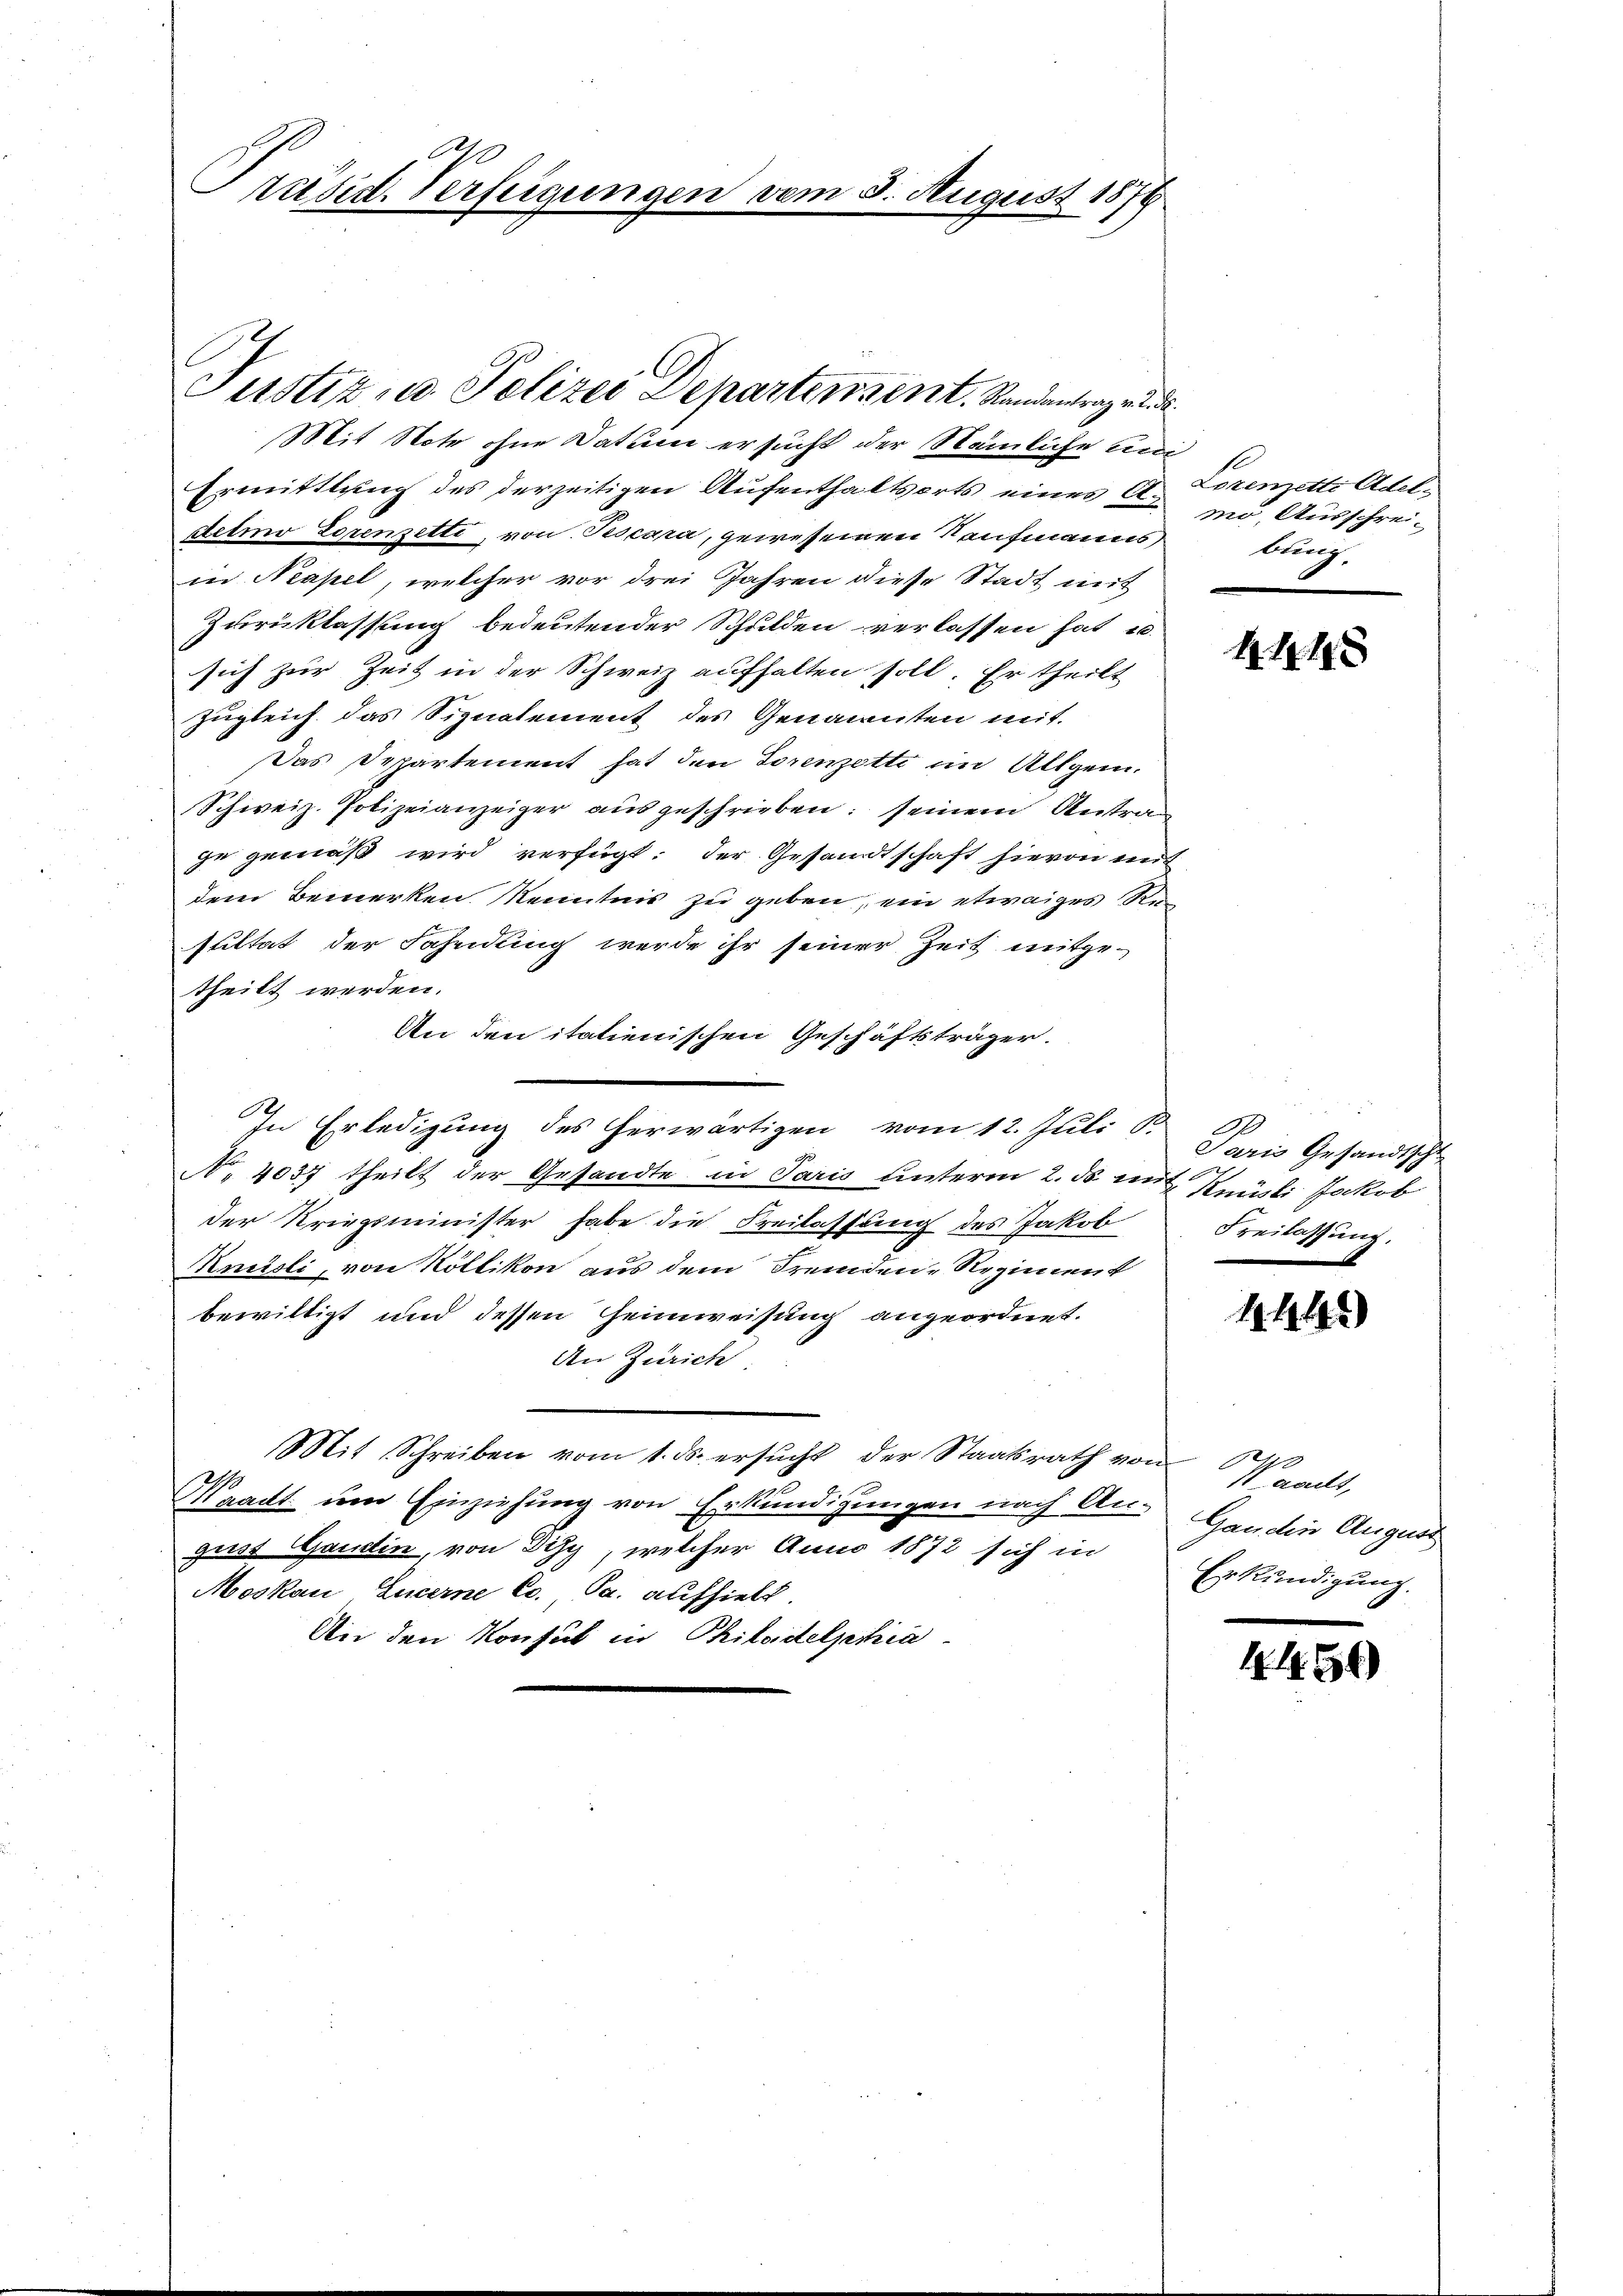
Mit Note ohne Datum ersucht der Nämliche und
Ermittlung des derzeitigen Aufenthaltsorts eines C. um Ausschreidelio Lorenzetti, von Pescara, gewesenen Kaufmanns,
in Kapel, welcher vor drei Jahren diese Stadt mit
Zurücklassung bedeutender Schulden verlassen hat u.
sich zur Zeit in der Schweiz aufhalten soll. Er theilt
zugleich das Signalement des Genannten mit
Das Departement hat den Lorenzotti im Allgem.
Schweiz. Polizeianzeiger ausgeschrieben seinem Antraze gemäß wird verfügt: der Gesandtschaft hievon mit
dem Bemerken Kenntnis zu geben, ein etwaiges Re
sultat der Fahndung werde ihr seiner Zeit mitge-
theilt werden.
An den itatienischen Geschäftsträger.
In Erledigung des herwärtigen vom 12. Juli 1
No 4037 theilt der Gesandte in Paris unterm 2. ds mit Knüsli Jakob
der Kriegsminister habe die Freilassung des Jakob
Knüsli, von Köllikon aus dem Fremden-Regiment
bewilligt und dessen Heimweisung angeordnet.
An Zürich.
Mit Schreiben vom 1. ds. ersŭcht der Staatsrath von Waadt,
Waadt um Einziehung von Erkundigungen nach den Ganden August
gust Gandin, von Disy, welcher Anno 1872 sich in
Moskau, Lucerne Cc., Pa. aufhielt.
An den Konsul in Philadelphia

Präsid. Verfügungen vom 5. August 1876

Justiz- u. Polizei Departersent. Standantrage d

Lorenzette Adel-
bung.

145

20
Paris Gesandtscht
Freilassung.

444

Erkundigung.

4459)